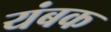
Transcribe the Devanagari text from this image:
यंबक